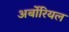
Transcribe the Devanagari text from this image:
अर्बोरियल